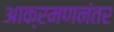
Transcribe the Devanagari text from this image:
आक्रमणनंतर